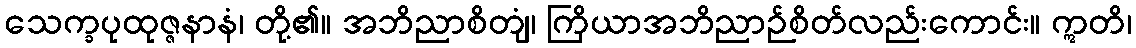
သေက္ခပုထုဇ္ဇနာနံ၊ တို့၏။ အဘိညာစိတျံ၊ ကြိယာအဘိညာဉ်စိတ်လည်းကောင်း။ ဣတိ၊